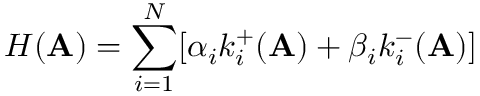
H ( \mathbf { A } ) = \sum _ { i = 1 } ^ { N } [ \alpha _ { i } k _ { i } ^ { + } ( \mathbf { A } ) + \beta _ { i } k _ { i } ^ { - } ( \mathbf { A } ) ]